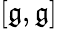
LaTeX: [{\mathfrak{g}},{\mathfrak{g}}]